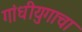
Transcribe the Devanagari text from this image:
गांधीयुगाचा